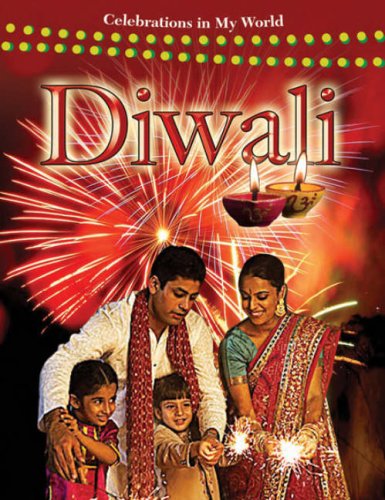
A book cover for Diwali (Celebrations in My World); Kate Torpie; Children's Books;